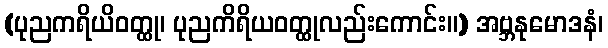
(ပုညကရိယိဝတ္ထု၊ ပုညကိရိယဝတ္ထုလည်းကောင်း။) အဗ္ဘနုမောဒနံ၊